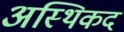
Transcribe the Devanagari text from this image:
अस्थिकद